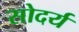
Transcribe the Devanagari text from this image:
सोदर्य